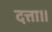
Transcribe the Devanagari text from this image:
दत्ता।।